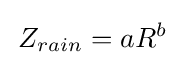
\,Z_{rain}=aR^{b}